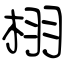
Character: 栩